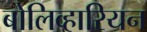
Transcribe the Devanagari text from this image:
बोलिव्हारियन